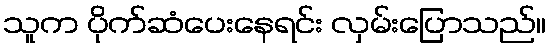
သူက ပိုက်ဆံပေးနေရင်း လှမ်းပြောသည်။